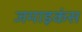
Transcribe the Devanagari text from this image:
जमाइकंस